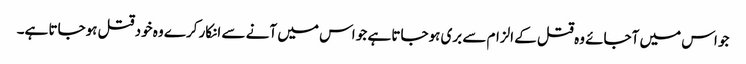
جو اس میں آجائے وہ قتل کے الزام سے بری ہوجاتا ہے جو اس میں آنے سے انکار کرے وہ خود قتل ہوجاتا ہے۔